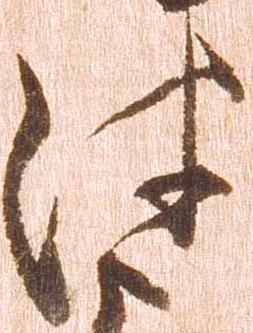
津